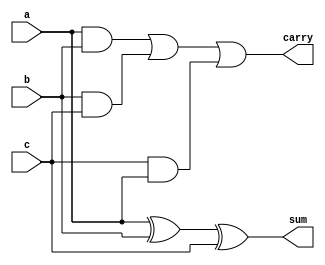
`timescale 1ns / 1ps
//////////////////////////////////////////////////////////////////////////////////
// Company: 
// Engineer: 
// 
// Design Name: 
// Module Name: Full_Adder
// Project Name: 
// Target Devices: 
// Tool Versions: 
// Description: 
// 
// Dependencies: 
// 
// Revision:
// Revision 0.01 - File Created
// Additional Comments:
// 
//////////////////////////////////////////////////////////////////////////////////


module Full_Adder(sum , carry , a , b , c);
input a , b, c ;
output sum , carry ;

assign sum = a^b^c;
assign carry = a&b | b&c | c&a ;

endmodule